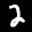
Label: 2